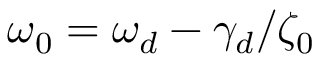
\omega _ { 0 } = \omega _ { d } - \gamma _ { d } / \zeta _ { 0 }